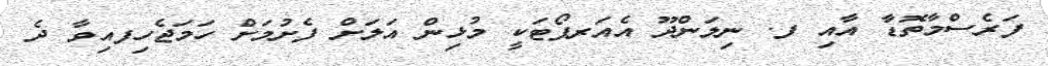
ފަރެސްމާތޮޑާ އާއި ފ. ނިލަންދޫ އެއަރޕޯޓަކީ މުޅިން އަލަށް ފެށުމަށް ހަމަޖެހިފއިވާ ދެ